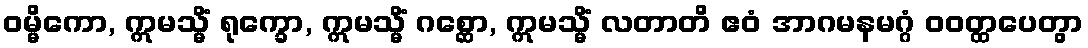
ဝမ္မိကော, ဣမသ္မိံ ရုက္ခော, ဣမသ္မိံ ဂစ္ဆော, ဣမသ္မိံ လတာတိ ဧဝံ အာဂမနမဂ္ဂံ ဝဝတ္ထပေတွာ